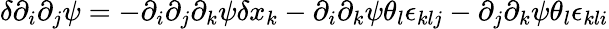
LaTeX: \delta\partial_{i}\partial_{j}\psi=-\partial_{i}\partial_{j}\partial_{k}\psi\delta x_{k}-\partial_{i}\partial_{k}\psi\theta_{l}\epsilon_{klj}-\partial_{j}\partial_{k}\psi\theta_{l}\epsilon_{kli}